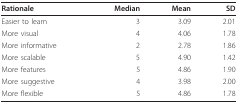
| Rationale | Median | Mean | SD |
 | --- | --- | --- | --- |
 | Easier to learn | 3 | 3.09 | 2.01 |
 | More visual | 4 | 4.06 | 1.78 |
 | More informative | 2 | 2.78 | 1.86 |
 | More scalable | 5 | 4.90 | 1.42 |
 | More features | 5 | 4.86 | 1.90 |
 | More suggestive | 4 | 3.98 | 2.00 |
 | More flexible | 5 | 4.86 | 1.78 |